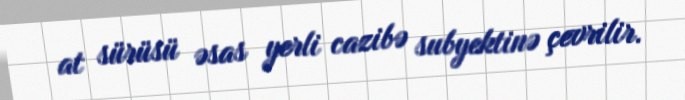
at sürüsü əsas yerli cazibə subyektinə çevrilir.